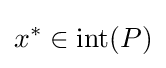
x^{\ast }\in \mathrm {int} (P)